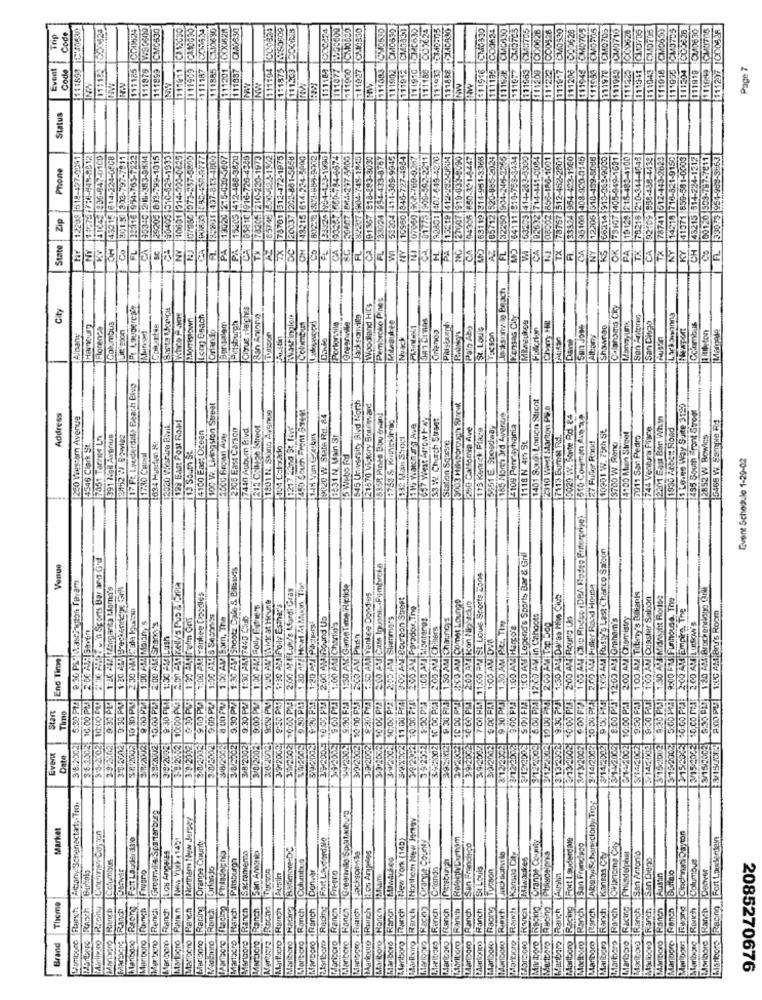
111975 WIS0800
CM0630
1999 1C110630
CM5634
1111194 CC0625
111875 6560609
111303 EOCH3
1000324
111077 2956600
111027 CM10830
11902 CM0590
11 1910 CM35 30
111195 COJ624
CMC330
CM07C5
05
26
1223 CO0528
20
3626
111207 000436
Trip
Code
111900 ICM
111978 1CM
111204 |CC
Event
Code
111899
011911
11885
1111201
111887
11203
111163
111912
11933
$11916
111977
111206
191969
111919
Page 7
187
11118
111065
111200
11191
111945
111953
11104
1016
111935
NOW
NW
111
111
Status
12299 318-427-0091|
45215 814-224-0808
801.X 333-797-7811
32316 954-763-7222
353:0 2 11-383-9834
$200 813-799-1015
190405 1510-629-1933
10601 1314-923-0835
107060] 073-257-5855
39801 1407-313-4800
C30-3607
13020 215-030-3607
15503 |412-488-3820
916-726-4949
20-1973
AZ 85745 530-124-1502
1-1302
72-1975
TX 78701 312-472-1975
881-58581
DCI 20037 20-881-5658
24.5000
143215 614-224-5000
8028 303-885-8702
-1000
297 4005
04-745-18451
283-3030
4-433-8767
-309-9945
10960 345-727-4954
08-760-0257
962-2211
37-849-4270
15219 412-282-080
27007 919-033-8090
033-90901
94306 650-321-8447
63119 314-951-3366
20-885-2039
812250 904-246-3256
MD 64111 816-753-3434
53203 |414-203-4300
192632 714-441-0004
08002 856-186-1001
TX 78767 512-452-2801
FI. 33334 954-423-1980
95100 408-920-0145
12205 510-439-5016
66214 913-269-9000
73107 |405-949-1691
19123 215-483-4100
TX 78215 210-344-4748
92109 958-488-4439
78741 512-443-2624
14218 716-821-9150
41071 859-581-0003
43215 314-224-1212
00120 909-787-7611
FL. 33013 954-988-3663
Phone
TX 78205 210
133020
59204
27GOT
Zip
PA 15203
TX 78701
322017
191367
05712
CA 102632
State
KY
OH
Co
FL
CA
NY
CA
TX
DC
FL
CA
CA
FL
WI
PA
AZ
FL
CA
NY
KS
OK
PA
CA
TX
NY
KY
CH
Co
PA
Jacksonaile Beach
Pembroke Pines
City
Santa Monica
Cirue Heights
Woodland Hits
Whee Pant
1.Jomistown
Long Beach
Pittsburgh
Jacksonville
Kansas City
Mereukes
San Antgrun
Albany
Hamburg
Florenz4
Columbus
LIE Sion
Colurtia
Orlando
Columbus
Orlando
Piustagh
Palo Alto
St. Louis
Taxson
Fullcrion
San Jose
Shawnog
Manayunk
San Chteo
Nesport
Columbus
1uketon
Borsal
PActtin
Davia
Albany
17 Ft. Lauderdale Beach Bivo
1401 Sous Lomon Sarcot
100 W. Livingston Street
545 University Bied North
21870 Victory Bouwvard
3003 Hikborough Strew.
2310 West Martton PR.A
Is Lenne Way Surp 3120
1495 South Front Strom
Address
280 Western Avenue
198 BAS: POSI ROM!
1901 N. SKing Avenue
19120 W. State Rit. 84
5358 Pines Bou'dwie!
33 W. Church Street
165 Morts 3rd 4ver-te
0020 W. Sorte Rd. 84
2201 East Ban With
5466 W. Sample Rd
4100 Ear: Ocean
2306 Fast Carson
7440 Auburn Blvd
1212 College Stroot
11217 24na St Niw
116 Waknon Ave
200 Calfomia Ave
119 Keneck Flaca
15251 E. Spoodiway
5109 Pennsylvania
10201 W. 75th St.
744 Ventura Pisce
1930 Atbc= Road
7051 Tarnpe Ln
391 NGH Avenue
2452 1.Bowl#2
2000 Began Ave
2631 N. Main St
332 Main Stoct
7113 BomK Rd.
4100 Main Street
7011 San Pedro
2852 W. Rowles
4546 Clark St
124 Colorado
Station Square
1118 N. 4th St
27 Fuller Raxd
13700 W. Rono
1730 Capol
119 South St
115 Webo Rd
Event Schedule 1-29-02
9.UF FINS 1:00 AM Rusty'S Last Charco Saigon
2:30 AM Tel'n Sports Bar and ('u
1ECO AM Legend's Sports Bar & Grill
Venue
1:30 AM Shootz Culo & Batanes
8:30 PL Masthugon Tavam
7:00 PM 11500 PR St. Louis Sports Zone
1-20 48! Brechennce Gril
200 Afl Luh/'s Mardi Gras
LES0 AM GamaTime Riptide
10:00 PM |2500 AM Poller Road House
8:30 PM 10 AM Brockendione Grill
1:00 AM Yankee Doodles
250 AMI Yankee Doodles
11.00 PM4| 3:02 AM POU DON Street
1C DO PRE BELICO AM Comet Lounge
1:30 AM Dal'sa Mis Ciub
9:00 FAI 1:00 AM Tidaly's Bakarte
9:00 PM 1:00 AM Coaster Saloon
8:30 PM BESO At Midnight Rose
9:00 FM Funhouse. The
$8/2002 10 30 PM 2 30 AM Cole Puss
1:00 A42 Folly Fries
1:30 42 Poily Esthar's
2.00 AM Paradox,Tne
10:00 PM 2-00 A: Kon Nightclub
10:00 PM: 2:00 AM Empire, The
1:00 AL! S Secortes
1:00 AV Barn, The
1:30 PM 7440 C5b
2.00 AMIRound Us
10:00 PP3: 2:05 AM SIrenmers
1:00 AM Montangt
9.50 PRI |F50 AM Chaungs
8:00 PMA 12:45 AM in Cahoots
10:00 -24 2:00 AM Top Dog
2:00 AN Round Us
8:00 PM 1200 AY Graham's
10:00 Pal: 2:00 AM Chemistry
FV15/2002-10.00 PM: 2.00 AM LutSow'S
8XKOPU 1:00 AM Brr's Room
2 00 ANS Saver
1:00 AM MainY'S
3.9/2002/ 10:00 PM 2:00 AM Shanks
1:00 AM Charlie's
10 0C FM 2.00 AN Chillers
9:30 PM 130 AM Pc. Tim
9:00 PM 1:00 AM Harto's
9:30 PEU 1:30 -80 Lush
2:00 AM Plush
$:00 PMI 1:00 AM DVA
End Time
10:30 PM
9:00 P2
10:00 PUT
8:00 PM
3.30 PM
9:30 PM/
9:00 PM
30/30021 10:00 PM
9.20 PM
6:30 PM
M9/2002 9.00 021
10:00 P !!
10.00 FIA
SOY FM
9:30 PM
5.00 124
Start
3 8:2002 5:30 PM
3 6.2002 10.00 PL
3.3.2202. 10:00 F20
3-9 2.02 9:30 PL
3-8 2/02 0:30 PM
9.00 PLA
9:00 PLA
8:00 PM
10.00 PPP
39 23:2 8:00 PM
Timmo
359 /2002
$8/2002
3.8.2002
1-0/2002
3-0/2002
3-8/2002
3/8/2002
3/8/2002
3/2/2002
3.9/2002
3.2.2008
3.42002
₹42002
3.9/200
5-9/2002
8/12/2002
E./12/2002
₹/12/200
9/122002
2002
2002)
2002
2002
Date
37
Momipoco Ranch Albany Schenactat Tro,
AlosTya SchonteclodyTo .:
Greenville Spartar burg
Northam !łow Jersey
Northern New Jersey
Market
Fort Lauderd No
New York (140)
Forange County
Maboro Racho Orange County
Fort lauderdale
Cincinnati Dayton
Fort Lauderdann
Los Angeles
Orange County
San Antonio
FENimore DC
Los Angeles
San Francisco
San Francisco
Kansas City
Columbus
Pittsburgh
Sacramento
Columbus
Jacksonville
Kansas City
Www.kikes
Racing |Phinderpost
San Antonio
San Chego
Orlando
Donver
Freero
Criando
St Louis
Racine Tucson
Columbus
Fregno
Puestin
Austin
Theme
MEHDIVO RASCh
Abrilivro Rory
Marlboro |Ranch
MMarbore Ranch
Mariboro (Ranch
Marber |Rendi
[Ranch
Ranch
Racing
Ranch
Marlboro |Ranch
Marlboro Ranch
Morborg Ranch
Rocha
ALarticro Ranch
Maribere Kacina
Martkcro Ronch
Manocro Ranch
itoribero Reding
Maniocro Ranch
Ronch
Ranch
Manicure |Runch
Marlboro Ranch
Marboro Ranch
&leriboro Ranch
Ranch
1.115380 Ranch
Ranch
Ranch
Ranch
Rich
Rench
Ranch
Racing
Ranch
Ranch
Ranch
Ranch
Maxiboo Ranch
Maxkovo Ranch
Ranen
Ranch
Marlboro Ranch
Moribore Ranch
Racing
Marigono
Marlboro
LAaritoro
Marticro
Marters
Manboro
Marlboro
ManDoro
Brand
Marbaný
Marlboro
MAariogro
Marlboro
tariboro
Mwrloom
Marlboro
2085270676